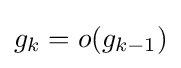
g_{k}=o(g_{k-1})